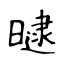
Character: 曃